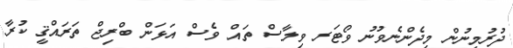
ދުރުމިނުން މިދެންނެވުނު ވޯޓަރ ވިލާސް ތައް ވެސް އަޅަން ބްރިޖް ތަރައްޤީ ކުރާ